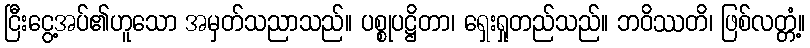
ငြီးငွေ့အပ်၏ဟူသော အမှတ်သညာသည်။ ပစ္စုပဋ္ဌိတာ၊ ရှေးရှုတည်သည်။ ဘဝိဿတိ၊ ဖြစ်လတ္တံ့။